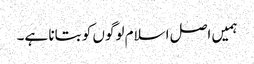
ہمیں اصل اسلام لوگوں کو بتانا ہے۔